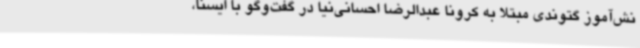
نش‌آموز گتوندی مبتلا به کرونا عبدالرضا احسانی‌نیا در گفت‌وگو با ایسنا،